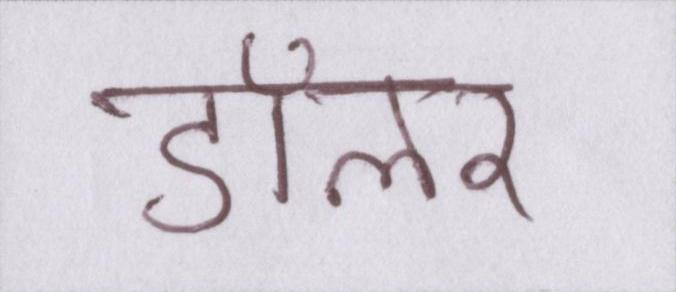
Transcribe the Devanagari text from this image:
डॉलर